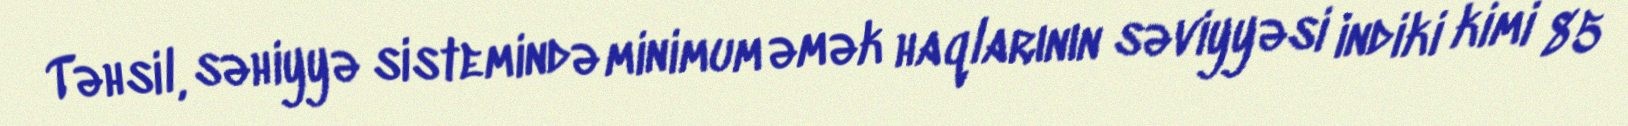
Təhsil, səhiyyə sistemində minimum əmək haqlarının səviyyəsi indiki kimi 85